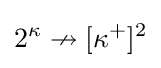
\displaystyle 2^{\kappa }\nrightarrow [\kappa ^{+}]^{2}